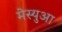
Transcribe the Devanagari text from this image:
मेस्युआ